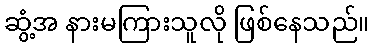
ဆွံ့အ နားမကြားသူလို ဖြစ်နေသည်။